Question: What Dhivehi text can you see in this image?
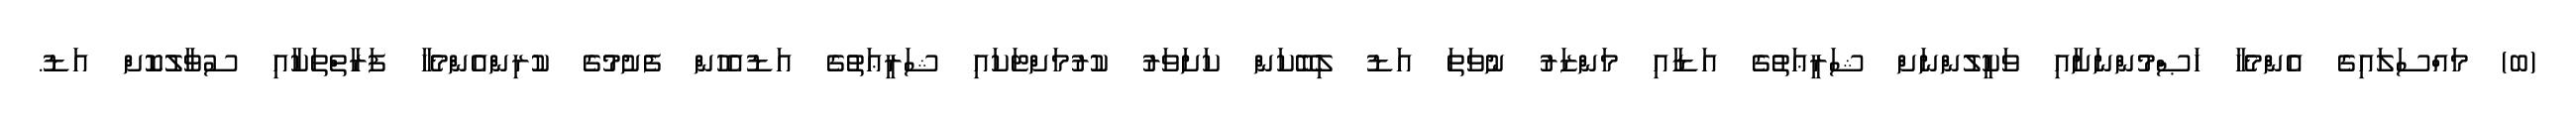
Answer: (ބ) މައްސަލައިގެ އެންމެހާ ޚަޞްމުންނަށާއި ވަކީލުންނަށް ޝަރީޢަތުގެ އަޑާއި މަންޒަރު ނުވަތަ އަޑު ލިބޭކަން ކަށަވަރު ކުރުމަށްޓަކައި ޝަރީޢަތުގެ އަޑުއެހުން ފެށުމުގެ ކުރިންއެންމެހާ ފަރާތްތަކާއި ސުވާލުކޮށް އަޑު.